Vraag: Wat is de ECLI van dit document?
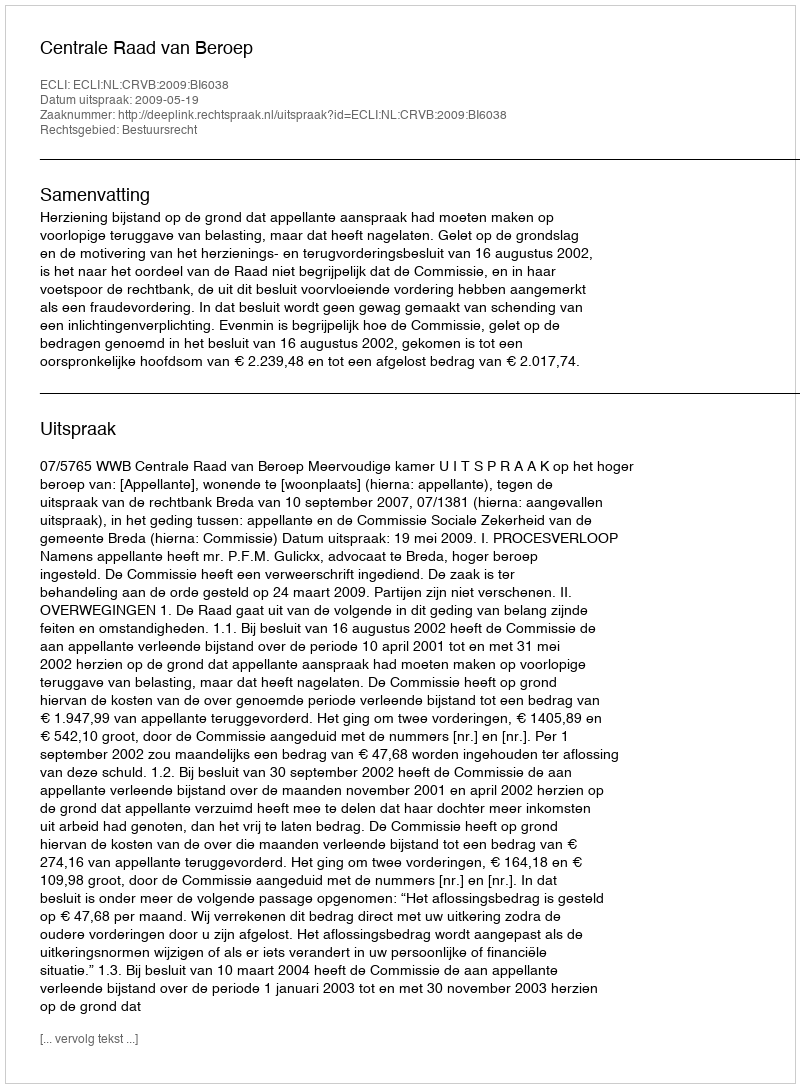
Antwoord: ECLI:NL:CRVB:2009:BI6038